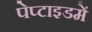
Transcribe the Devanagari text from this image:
पेप्टाइडमें